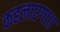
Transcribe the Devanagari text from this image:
कहलाएगा॥